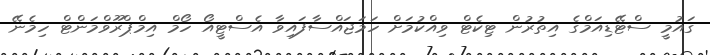
ގައުމީ ސްޓޭޑިއަމްގެ އިތުރުން ޓިކެޓް ވިއްކުމަށް ހަމަޖައްސާފައިވާ އެސްޓީއޯ ހޯމް އިމްޕްރޫވްމަންޓް ހިމެނޭ